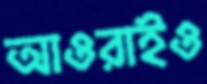
আওরাইও